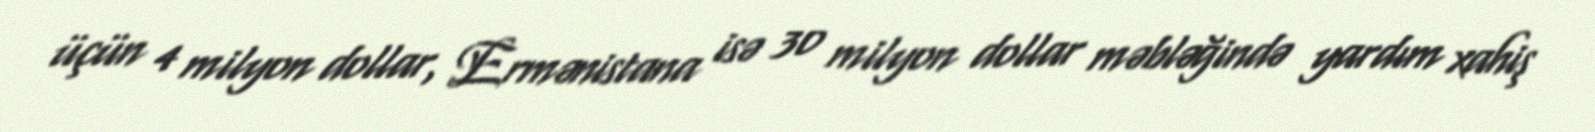
üçün 4 milyon dollar, Ermənistana isə 30 milyon dollar məbləğində yardım xahiş